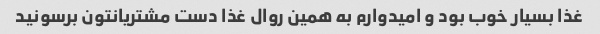
غذا بسیار خوب بود و امیدوارم به همین روال غذا دست مشتریانتون برسونید